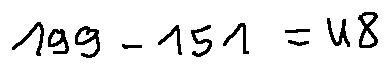
1 9 9 - 1 5 1 = 4 8